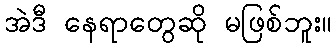
အဲဒီ နေရာတွေဆို မဖြစ်ဘူး။